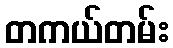
တကယ်တမ်း